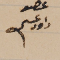
عضو داود عسى